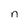
Character: n